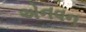
એનવન